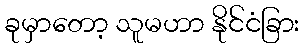
ခုမှာတော့ သူမဟာ နိုင်ငံခြား